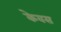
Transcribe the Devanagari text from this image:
केवस